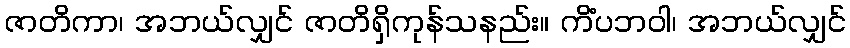
ဇာတိကာ၊ အဘယ်လျှင် ဇာတိရှိကုန်သနည်း။ ကိံပဘဝါ၊ အဘယ်လျှင်